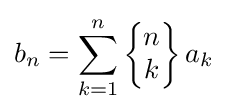
b_{n}=\sum _{k=1}^{n}\left\{{\begin{matrix}n\\k\end{matrix}}\right\}a_{k}